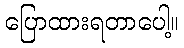
ပြောထားရတာပေါ့။